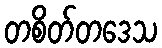
တစိတ်တဒေသ